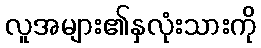
လူအများ၏နှလုံးသားကို